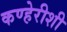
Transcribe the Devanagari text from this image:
कण्हेरीशी